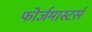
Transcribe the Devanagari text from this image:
फोर्जमास्टर्स